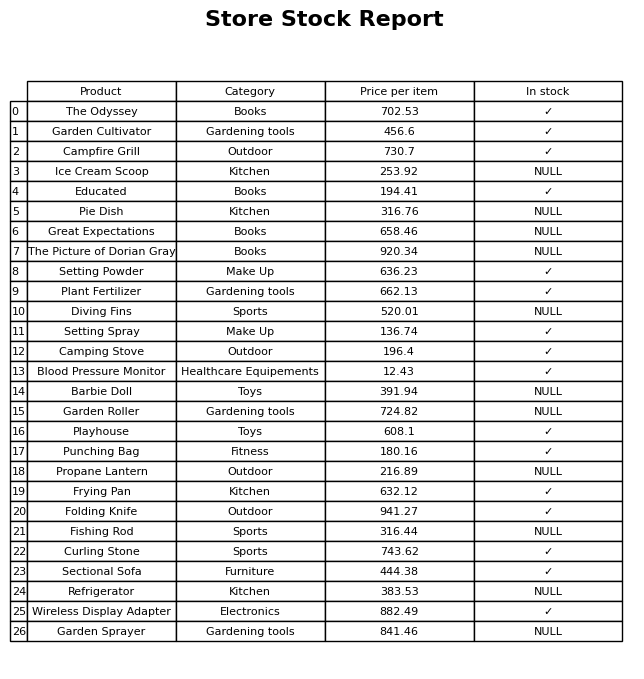
question: What is the price for Curling Stone?
answer: The price of Curling Stone is 743.62.